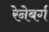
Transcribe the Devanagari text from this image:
रेनेबर्ग